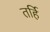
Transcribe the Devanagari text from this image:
तर्हि